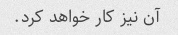
آن نیز کار خواهد کرد.